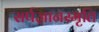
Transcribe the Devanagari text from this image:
सर्पज्ञानस्मृति